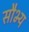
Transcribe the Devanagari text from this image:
सौभ्य